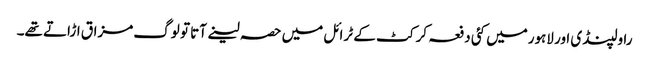
راولپنڈی اور لاہورمیں کئی دفعہ کرکٹ کے ٹرائل میں حصہ لینے آتا تو لوگ مزاق اڑاتے تھے۔